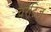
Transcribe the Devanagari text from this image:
चैरेटिज़